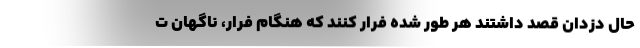
حال دزدان قصد داشتند هر طور شده فرار کنند که هنگام فرار، ناگهان ت